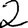
Digit: 2